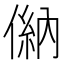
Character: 𠌦